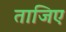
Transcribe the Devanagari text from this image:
ताजिए